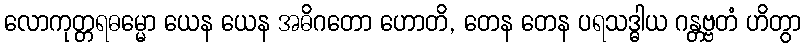
လောကုတ္တရဓမ္မော ယေန ယေန အဓိဂတော ဟောတိ, တေန တေန ပရသဒ္ဓါယ ဂန္တဗ္ဗတံ ဟိတွာ